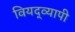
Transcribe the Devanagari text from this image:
वियद्व्यापी